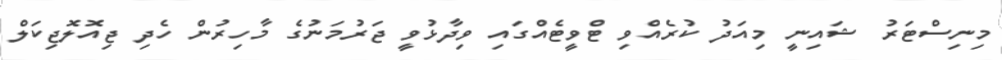
މިނިސްޓަރު ޝައިނީ މިއަދު ކުރެއްވި ޓްވީޓެއްގައި ވިދާޅުވީ ޖަރުމަނުގެ މާހިރުން ހެދި ޖިއޮލޮޖިކަލް